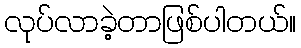
လုပ်လာခဲ့တာဖြစ်ပါတယ်။